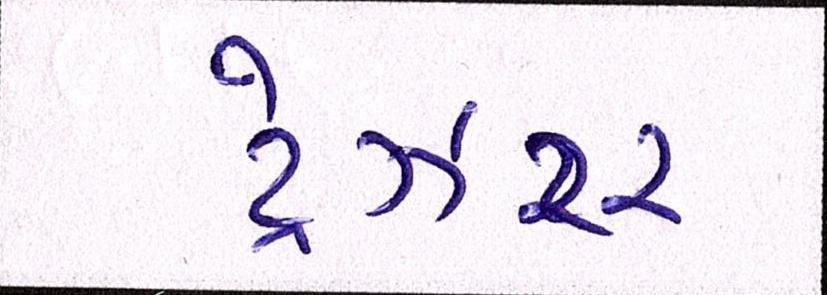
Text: ટ્રેઝરર